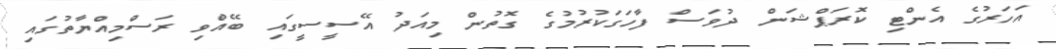
އަހަރުގެ އެންޓި ކޮރަޕްޝަން ދުވަސް ފާހަގަކުރުމުގެ ގޮތުން މިއަދު އޭސީސީގައި ބޭއްވި ރަސްމިއްޔާތުގައި